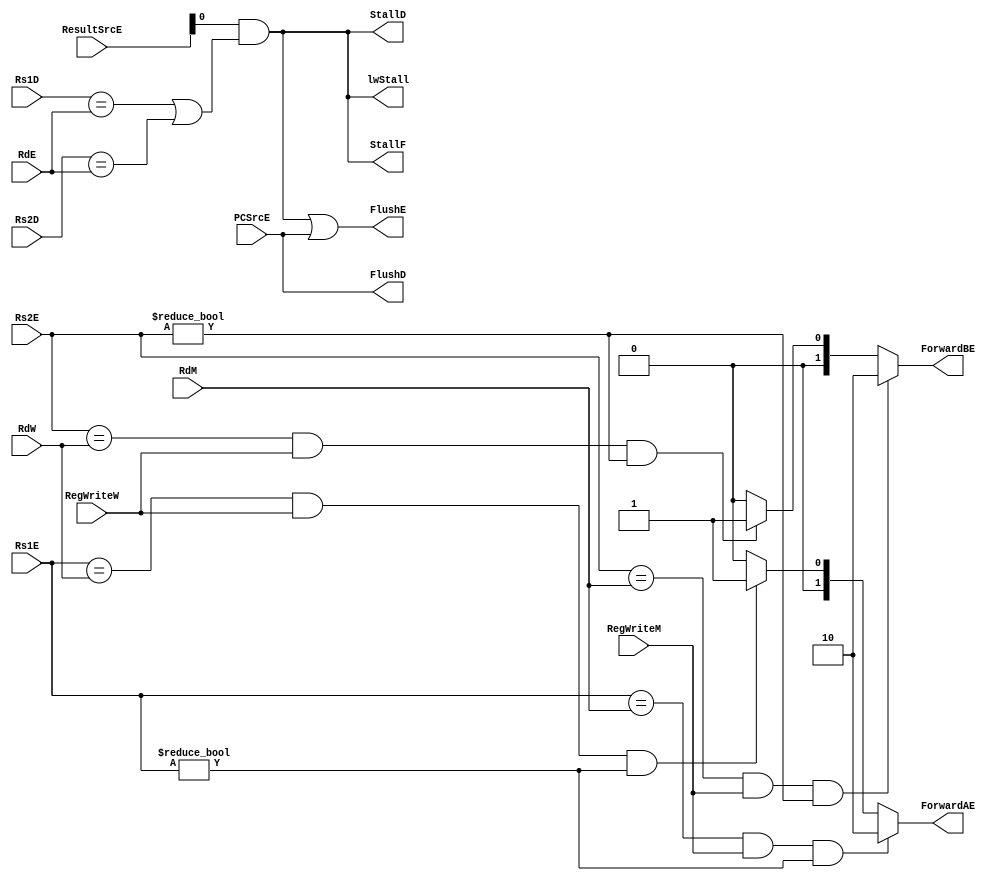
`timescale 1ns / 1ps
//////////////////////////////////////////////////////////////////////////////////
// Company: 
// Engineer: 
// 
// Design Name: 
// Module Name: Hazard_unit
// Project Name: 
// Target Devices: 
// Tool Versions: 
// Description: 
// 
// Dependencies: 
// 
// Revision:
// Revision 0.01 - File Created
// Additional Comments:
// 
//////////////////////////////////////////////////////////////////////////////////
module Hazard_unit(input [4:0]Rs1E,RdM,Rs2E,RdW,RdE,Rs1D,Rs2D,input[1:0]ResultSrcE,input PCSrcE ,input RegWriteM,RegWriteW,output reg [1:0] ForwardAE,ForwardBE,output reg FlushE,FlushD,StallD,StallF,lwStall);
//hazard unit for resolving data hazard
always@(*)begin
if (((Rs1E == RdM)&& RegWriteM) && (Rs1E != 0))begin // Forward from Memory stage
 ForwardAE = 2'b10;
 end
else if (((Rs1E == RdW) && RegWriteW) && (Rs1E != 0))begin // Forward from Writeback stage
 ForwardAE = 2'b01;
 end 
else begin
 ForwardAE = 2'b00;
 end // No forwarding (use RF output)
 //forwadBE condition for Rs2
 if (((Rs2E == RdM)&& RegWriteM) && (Rs2E != 0))begin // Forward from Memory stage
  ForwardBE = 2'b10;
  end
 else if (((Rs2E == RdW) && RegWriteW) && (Rs2E != 0))begin // Forward from Writeback stage
  ForwardBE = 2'b01;
  end 
 else begin
  ForwardBE = 2'b00;
  end // No forwarding (use RF output)
  //In case of Load instruction and having data dependency
  lwStall = ResultSrcE[0] & ((Rs1D == RdE) | (Rs2D == RdE));
  StallF = lwStall;
  StallD = lwStall;
  FlushD = PCSrcE;
  FlushE = lwStall || PCSrcE;
  
end 
endmodule